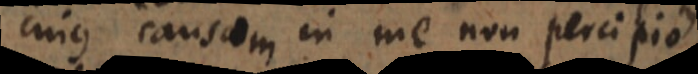
cujus causam in me non percipio.